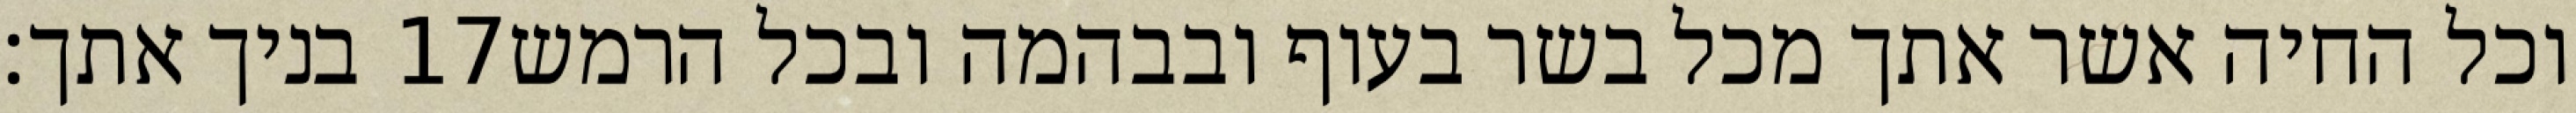
בניך אתך׃ ‎17‏ וכל החיה אשר אתך מכל בשר בעוף ובבהמה ובכל הרמש